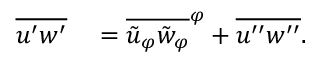
\begin{array} { r l } { \overline { { u ^ { \prime } w ^ { \prime } } } } & { { } = \overline { { \tilde { u } _ { \varphi } \tilde { w } _ { \varphi } } } ^ { \varphi } + \overline { { u ^ { \prime \prime } w ^ { \prime \prime } } } . } \end{array}